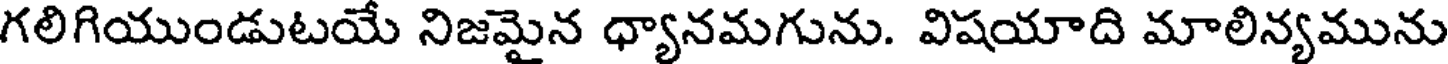
గలిగియుండుటయే నిజమైన ధ్యానమగును. విషయాది మాలిన్యమును